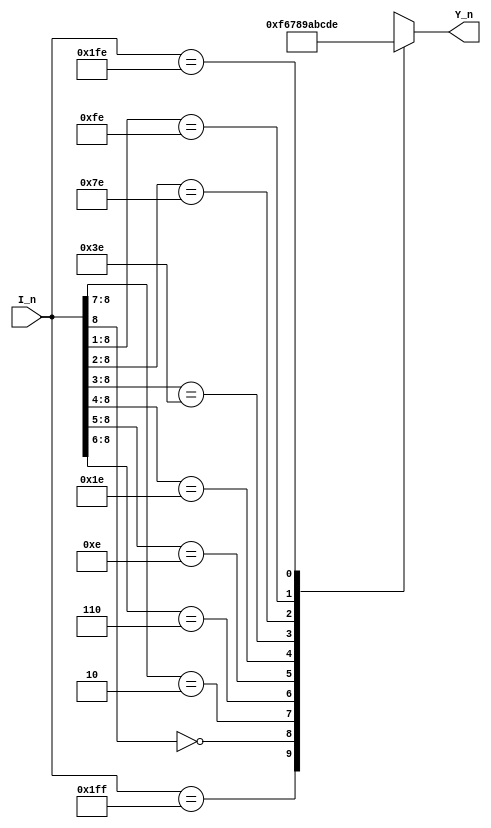
`timescale 1ns/1ns

module encoder_0(
   input      [8:0]         I_n   ,
   
   output reg [3:0]         Y_n   
);
always @(*) begin
	casex(I_n)
	9'b1_1111_1111: Y_n[3:0] = 4'b1111; 
	9'b0_xxxx_xxxx: Y_n[3:0] = 4'b0110; 
	9'b1_0xxx_xxxx: Y_n[3:0] = 4'b0111; 
	9'b1_10xx_xxxx: Y_n[3:0] = 4'b1000; 
	9'b1_110x_xxxx: Y_n[3:0] = 4'b1001; 
	9'b1_1110_xxxx: Y_n[3:0] = 4'b1010; 
	9'b1_1111_0xxx: Y_n[3:0] = 4'b1011;
	9'b1_1111_10xx: Y_n[3:0] = 4'b1100; 
	9'b1_1111_110x: Y_n[3:0] = 4'b1101; 
	9'b1_1111_1110: Y_n[3:0] = 4'b1110; 
	default: Y_n = 4'b0000;
	endcase
end

endmodule